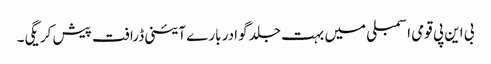
بی این پی قومی اسمبلی میں بہت جلد گوادر بارے آئینی ڈرافت پیش کر یگی۔